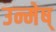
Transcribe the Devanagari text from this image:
उन्मेष्